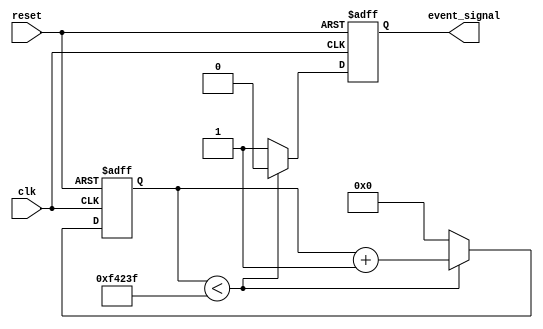
module timer_event_control #(
    parameter TIME_INTERVAL = 1000000 // Default time interval (in clock cycles)
)(
    input wire clk,                // Clock signal
    input wire reset,              // Asynchronous reset signal
    output reg event_signal        // Event signal output
);

    // Internal counter
    reg [31:0] counter;            // 32-bit counter to hold the count

    // Always block for timer functionality
    always @(posedge clk or posedge reset) begin
        if (reset) begin
            // Reset condition
            counter <= 0;
            event_signal <= 1'b0;  // De-assert event signal
        end else begin
            // Counting logic
            if (counter < TIME_INTERVAL - 1) begin
                counter <= counter + 1; // Increment counter
                event_signal <= 1'b0;    // Keep event signal low
            end else begin
                // Time interval reached
                event_signal <= 1'b1;      // Assert event signal
                counter <= 0;              // Reset counter for next event
            end
        end
    end

endmodule